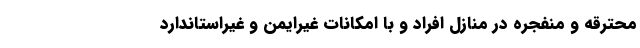
محترقه و منفجره در منازل افراد و با امکانات غیرایمن و غیراستاندارد